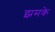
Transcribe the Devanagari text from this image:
झमके